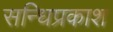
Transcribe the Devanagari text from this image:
सन्धिप्रकाश